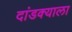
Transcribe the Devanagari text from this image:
दांडक्याला